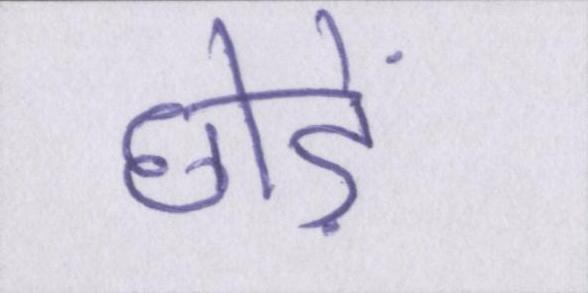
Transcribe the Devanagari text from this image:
छोड़ें